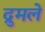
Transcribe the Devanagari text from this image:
द्रुमले